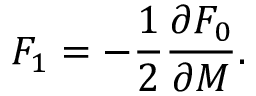
{ \cal F } _ { 1 } = - \frac { 1 } { 2 } \frac { \partial { \cal F } _ { 0 } } { \partial M } .